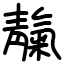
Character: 靝